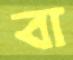
বা